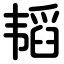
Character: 韬